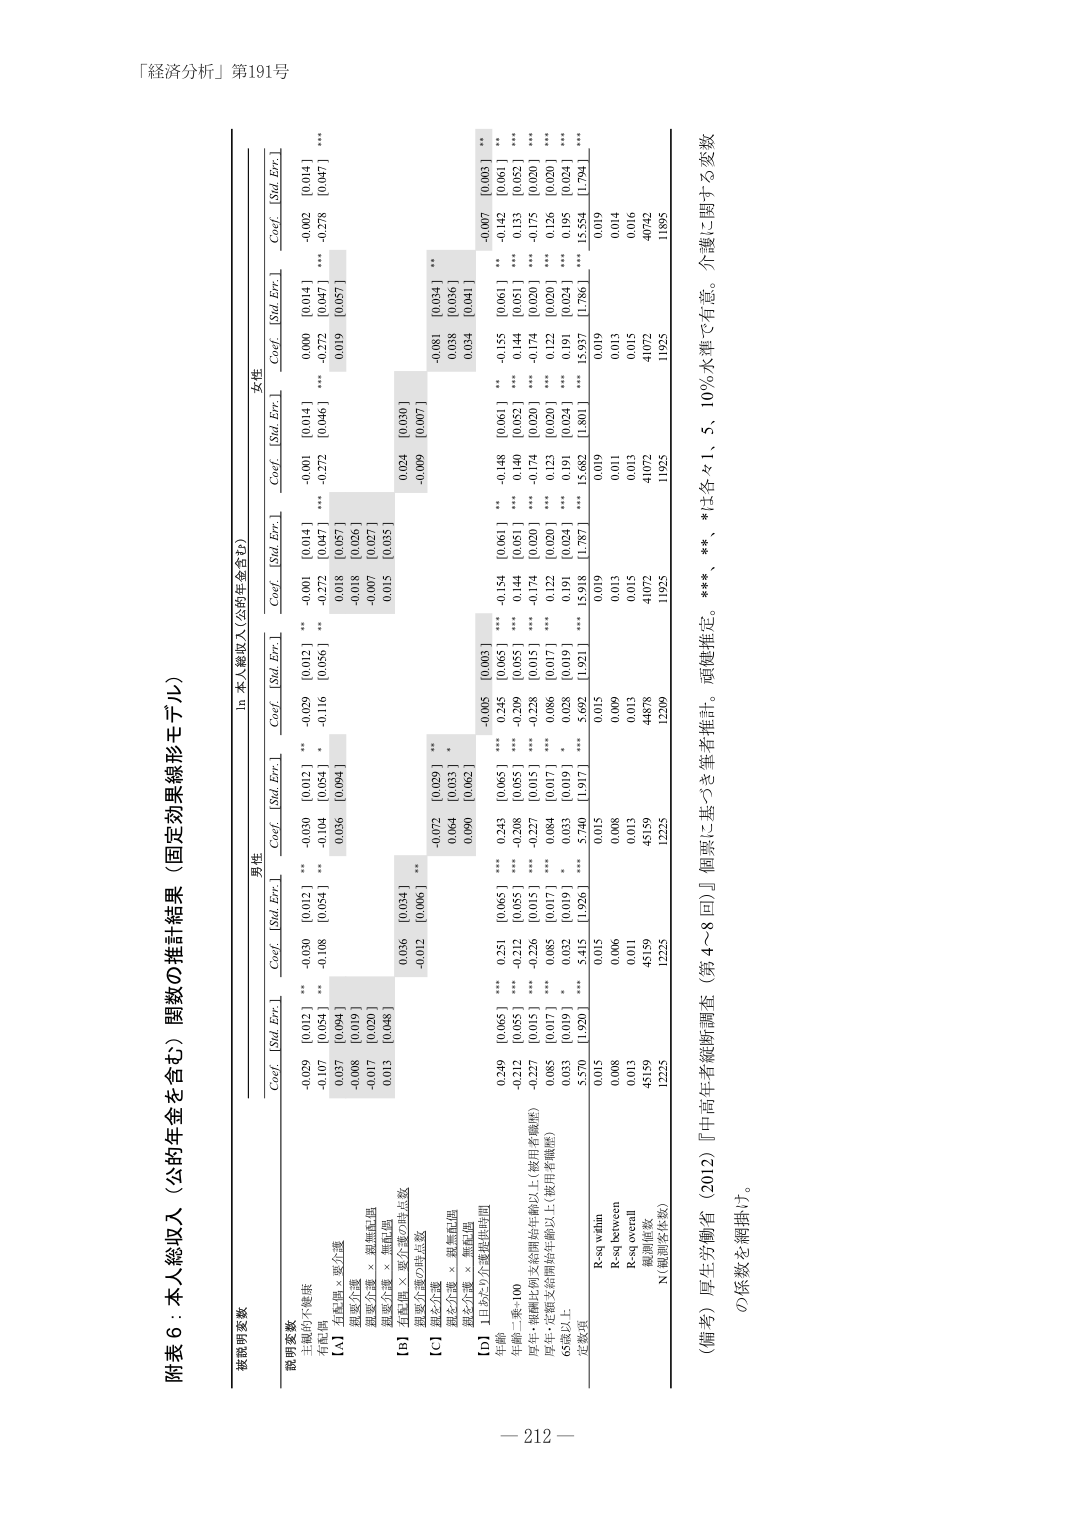
「経済分析」第191号

附表6：本人総収入（公的年金を含む）関数の推計結果（固定効果線形モデル）

被説明変数

説明変数

男性

本人総収入（公的年金含む）

女性

Coef. [Std. Err.]

Coef. [Std. Err.]

Coef. [Std. Err.]

Coef. [Std. Err.]

Coef. [Std. Err.]

Coef. [Std. Err.]

主観的不健康

-0.029 [0.012] **

-0.030 [0.012] **

-0.029 [0.012] **

-0.001 [0.014]

-0.001 [0.014]

0.000 [0.014]

有配偶

-0.107 [0.054] **

-0.108 [0.054] **

-0.104 [0.054] *

-0.272 [0.046] ***

-0.272 [0.046] ***

-0.002 [0.014]

[A] 有配偶 × 要介護

0.037 [0.094]

0.036 [0.094]

0.018 [0.057] **

0.019 [0.057] **

-0.278 [0.047] ***

規範介護

-0.008 [0.019]

-0.018 [0.026]

規範介護 × 規範配偶

-0.017 [0.020]

-0.007 [0.027]

規範介護 × 規範配偶

0.013 [0.048]

0.015 [0.035]

[B] 有配偶 × 要介護の時点数

0.036 [0.034] **

0.024 [0.030]

-0.009 [0.007]

-0.081 [0.034] **

規範介護の時点数

-0.012 [0.006] **

-0.072 [0.029] **

-0.038 [0.036]

[C] 規範介護 × 規範配偶

0.064 [0.033] *

0.034 [0.041]

規範介護 × 規範配偶

0.090 [0.062]

[D] 1日あたり介護提供時間

-0.005 [0.003]

-0.154 [0.061] **

-0.148 [0.061] **

-0.155 [0.061] **

-0.142 [0.061] **

-0.007 [0.003] **

年齢

0.249 [0.065] ***

0.251 [0.065] ***

0.243 [0.065] ***

0.245 [0.065] ***

0.239 [0.055] ***

0.239 [0.055] ***

年齢二乗÷100

-0.212 [0.055] ***

-0.232 [0.055] ***

-0.208 [0.055] ***

-0.239 [0.055] ***

-0.144 [0.051] ***

-0.144 [0.051] ***

厚生・年齢比例支給開始年齢以上（常用者職歴）

-0.227 [0.015] ***

-0.226 [0.015] ***

-0.227 [0.015] ***

-0.228 [0.015] ***

-0.174 [0.020] ***

-0.174 [0.020] ***

厚生・定額支給開始年齢以上（非用者職歴）

-0.085 [0.017] ***

-0.085 [0.017] ***

-0.084 [0.017] ***

-0.086 [0.017] ***

-0.122 [0.020] ***

-0.122 [0.020] ***

65歳以上

0.033 [0.019] *

0.032 [0.019] *

0.033 [0.019] *

0.028 [0.019] *

0.191 [0.024] ***

0.191 [0.024] ***

定数項

5.570 [1.920] ***

5.415 [1.926] ***

5.740 [1.917] ***

5.692 [1.921] ***

15.918 [1.787] ***

15.937 [1.786] ***

R-sq.within

0.015

0.015

0.015

0.019

0.019

0.019

R-sq.between

0.008

0.008

0.008

0.013

0.013

0.014

R-sq.overall

0.013

0.011

0.013

0.015

0.015

0.016

観測値数

45159

45159

45159

44878

41072

40742

N（観測名/年数）

12225

12225

12225

12289

11925

11895

（備考）厚生労働省（2012）『中高年者縦断調査（第4～8回）』個票に基づき筆者推計。頑健推定。***、**、*は各々1、5、10％水準で有意。介護に関する変数の係数を網掛け。

— 212 —